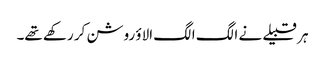
ہر قبیلے نے الگ الگ الاؤ روشن کر رکھے تھے۔